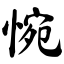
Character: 惋